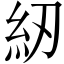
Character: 紉